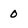
Character: 0